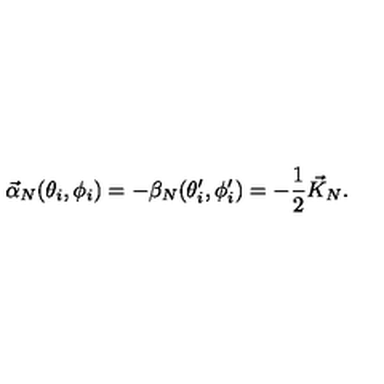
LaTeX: \vec { \alpha } _ { N } ( \theta _ { i } , \phi _ { i } ) = - \beta _ { N } ( \theta _ { i } ^ { \prime } , \phi _ { i } ^ { \prime } ) = - { \frac { 1 } { 2 } } \vec { K } _ { N } .